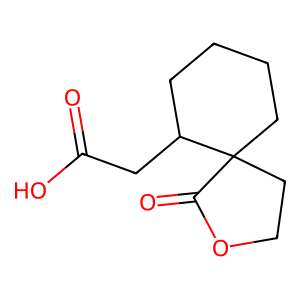
SMILES: O=C(O)CC1CCCCC12CCOC2=O
Inhibits HIV replication: No